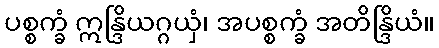
ပစ္စက္ခံ ဣန္ဒြိယဂ္ဂယှံ၊ အပစ္စက္ခံ အတိန္ဒြိယံ။